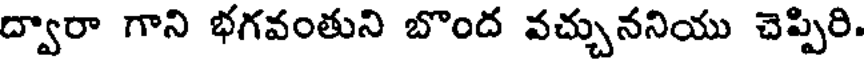
ద్వారా గాని భగవంతుని బొంద వచ్చుననియు చెప్పిరి.